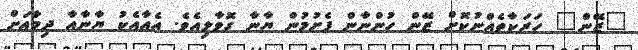
"ޒޭން" ހަރަކާތެއްނުކޮށް ޒޭން ހުންނާން ފެށުމުން ޔާނާ ގޮވާލިއެވެ. އެއާއެކު ޔާނާއާ ދިމާއަށް